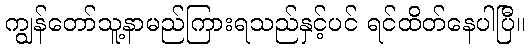
ကျွန်တော်သူ့နာမည်ကြားရသည်နှင့်ပင် ရင်ထိတ်နေပါပြီ။